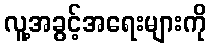
လူ့အခွင့်အရေးများကို